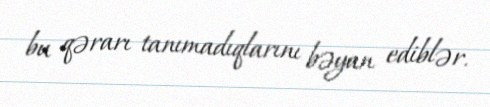
bu qərarı tanımadıqlarını bəyan ediblər.